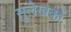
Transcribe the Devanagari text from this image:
सुलेखकों